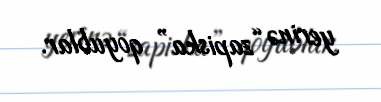
yerinə “zapiska” qoyublar.